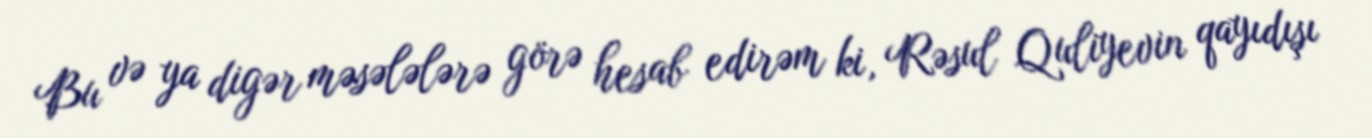
Bu və ya digər məsələlərə görə hesab edirəm ki, Rəsul Quliyevin qayıdışı